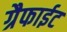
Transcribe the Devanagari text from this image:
ग्रैफाईट